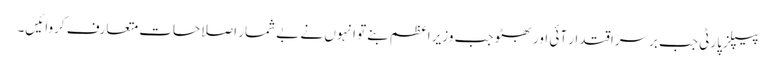
پیپلز پارٹی جب برسراقتدار آئی اور بھٹو جب وزیر اعظم بنے تو انہوں نے بے شمار اصلاحات متعارف کروائیں۔